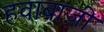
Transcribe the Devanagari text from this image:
हवाबाज़ी